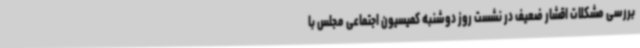
بررسی مشکلات اقشار ضعیف در نشست روز دوشنبه کمیسیون اجتماعی مجلس با